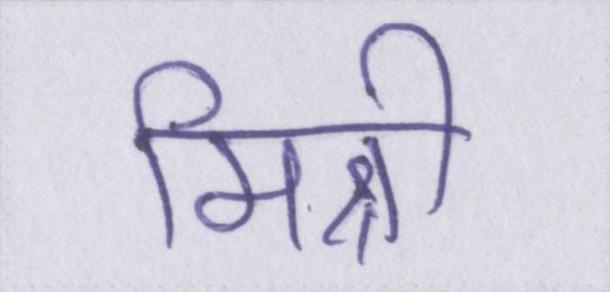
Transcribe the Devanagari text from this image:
मिश्री